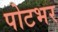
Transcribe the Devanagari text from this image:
पोटभर